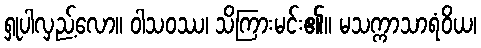
ရှုပါလှည့်လော။ ဝါသဝဿ၊ သိကြားမင်း၏။ မသက္ကာသာရံဝိယ၊